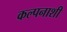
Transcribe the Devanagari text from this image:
कल्पनाशी